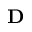
\mathbf D